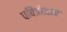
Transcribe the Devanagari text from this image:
पवित्रोत्सव